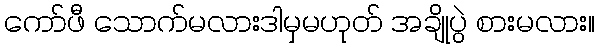
ကော်ဖီ သောက်မလားဒါမှမဟုတ် အချိုပွဲ စားမလား။